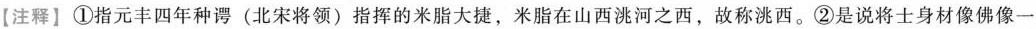
【注释】①指元丰四年种谔 (北宋将领) 指挥的米脂大捷，米脂在山西洮河之西，故称洮西。②是说将士身材像佛像一